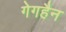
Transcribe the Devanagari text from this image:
गेगहैन